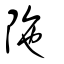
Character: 陁